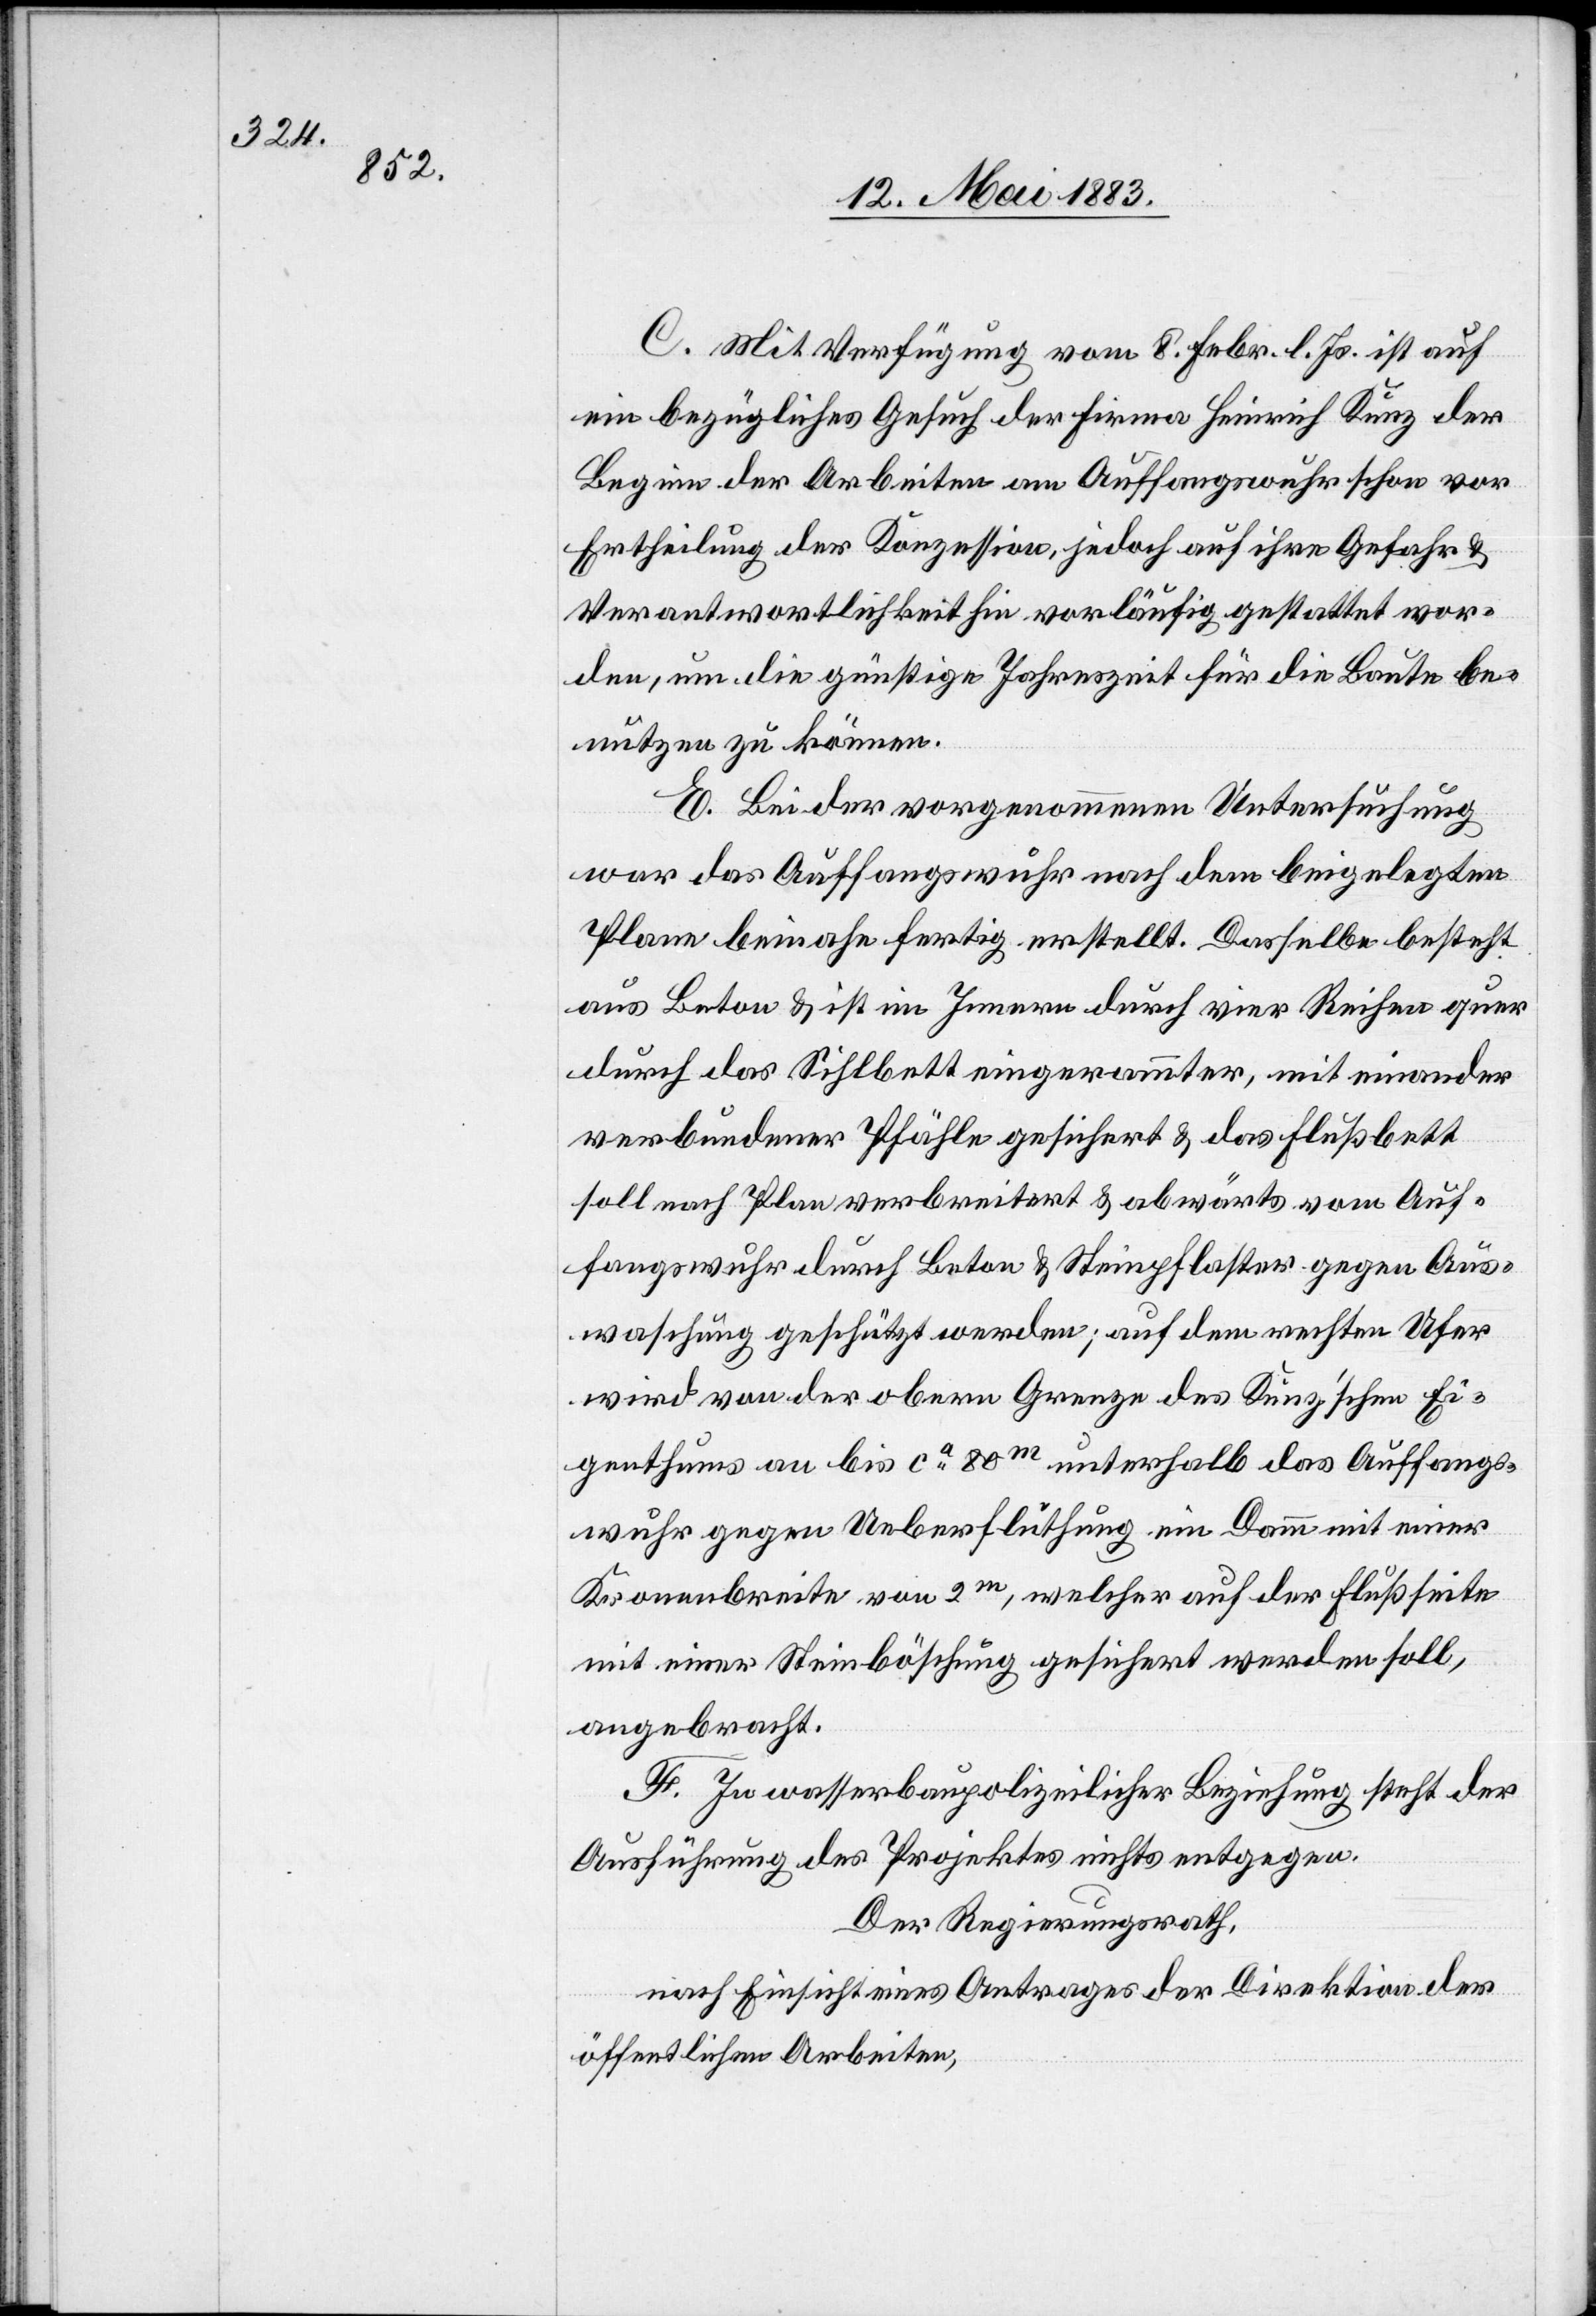
C. Mit Verfügung vom 8. Febr. l. Js. ist auf
ein bezügliches Gesuch der Firma Heinrich Kunz der
Beginn der Arbeiten am Auffangswuhr schon vor
Ertheilung der Konzession, jedoch auf ihre Gefahr &
Verantwortlichkeit hin vorläufig gestattet wor¬
den, um die günstige Jahreszeit für die Baute be¬
nutzen zu können.
D.] Bei der vorgenommenen Untersuchung
war das Auffangswuhr nach dem beigelegten
Plane beinahe fertig erstellt. Dasselbe besteht
aus Beton & ist im Innern durch vier Reihen quer
durch das Sihlbett eingerammter, mit einander
verbundener Pfähle gesichert & das Flußbett
soll nach Plan verbreitert & abwärts vom Auf¬
fangswuhr durch Beton & Steinpflaster gegen Aus¬
waschung geschützt werden; auf dem rechten Ufer
wird von der obern Grenze des Kunz’schen Ei¬
genthums an bis ca 80m unterhalb das Auffangs¬
wuhr gegen Ueberfluthung ein Damm mit einer
Kronenbreite von 2m, welcher auf der Flußseite
mit einer Steinböschung gesichert werden soll,
angebracht.
F. In wasserbaupolizeilicher Beziehung steht der
Ausführung des Projektes nichts entgegen.
Der Regierungsrath,
nach Einsicht eines Antrages der Direktion der
öffentlichen Arbeiten,